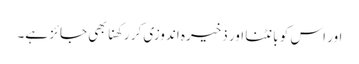
اور اس کو بانٹنا اور ذخیرہ اندوزی کر رکھنا بھی جائز ہے۔